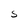
Character: S